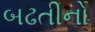
બઢતીનો